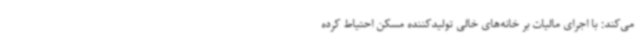
می‌کند: با اجرای مالیات بر خانه‌های خالی تولیدکننده مسکن احتیاط کرده